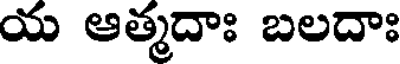
య ఆత్మదాః బలదాః